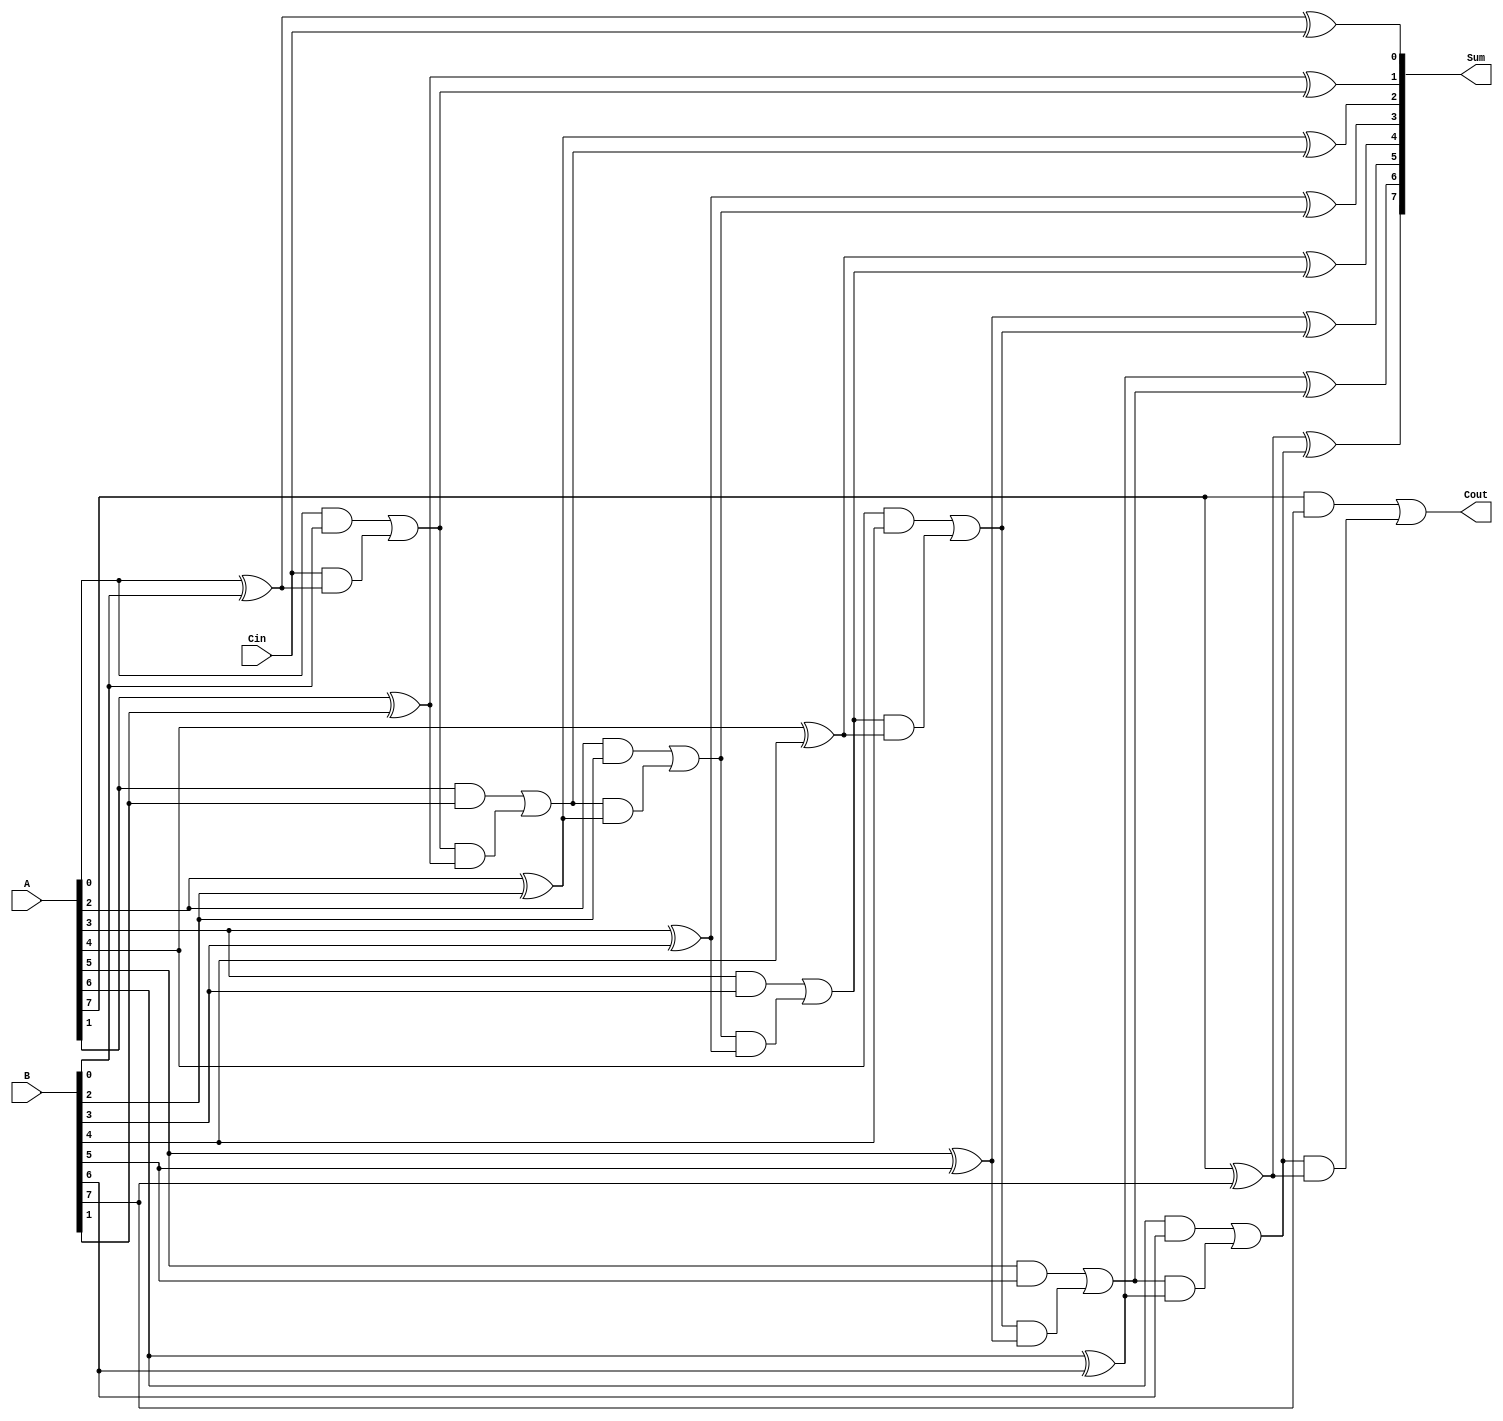
module ManchesterCarryChainAdder #(parameter N = 8) (
    input  wire [N-1:0] A,      // First n-bit input
    input  wire [N-1:0] B,      // Second n-bit input
    input  wire Cin,             // Carry-in
    output wire [N-1:0] Sum,     // n-bit sum output
    output wire Cout             // Carry-out
);

    wire [N:0] carry; // Carry signals, one extra for Cout

    // Initial carry-in
    assign carry[0] = Cin;

    // Carry generation and sum calculation
    genvar i;
    generate
        for (i = 0; i < N; i = i + 1) begin : carry_gen
            // Carry generation
            assign carry[i + 1] = (A[i] & B[i]) | (carry[i] & (A[i] ^ B[i]));
            // Sum calculation
            assign Sum[i] = A[i] ^ B[i] ^ carry[i];
        end
    endgenerate

    // Final carry-out
    assign Cout = carry[N];

endmodule